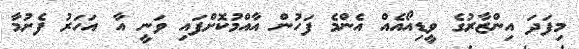
މިފަދަ އިންޒާރުގެ ވީޑިއޯއެއް އެންމެ ފަހުން އާއްމުކޮށްފައި ވަނީ އާ އަހަރު ފެށުމާ